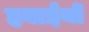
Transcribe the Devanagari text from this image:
हवाईयों